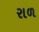
રાળ